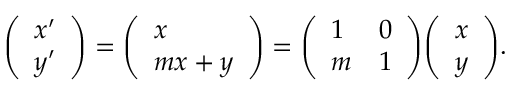
{ \left( \begin{array} { l } { x ^ { \prime } } \\ { y ^ { \prime } } \end{array} \right) } = { \left( \begin{array} { l } { x } \\ { m x + y } \end{array} \right) } = { \left( \begin{array} { l l } { 1 } & { 0 } \\ { m } & { 1 } \end{array} \right) } { \left( \begin{array} { l } { x } \\ { y } \end{array} \right) } .